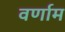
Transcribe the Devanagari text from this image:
वर्णाम